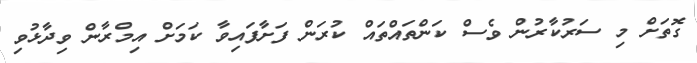
ގޮތަށް މި ސަރުކާރުން ވެސް ކަންތައްތައް ކުރަން ފަށާފައިވާ ކަމަށް އިމްރާން ވިދާޅުވި